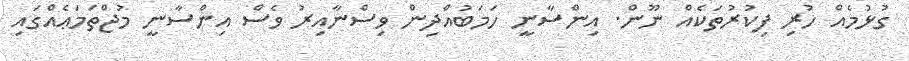
ގުޅުމެއް ހުރި ފިކުރުތަކެއް ނޫން. އިންސާނީ ހަމަބުއްދިން ވިސްނާއިރު ވެސް އިންސާނީ މުޖްތަމަޢެއްގައި